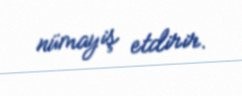
nümayiş etdirir.